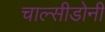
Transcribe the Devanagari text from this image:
चाल्सीडोनी